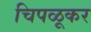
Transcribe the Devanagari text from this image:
चिपळूकर